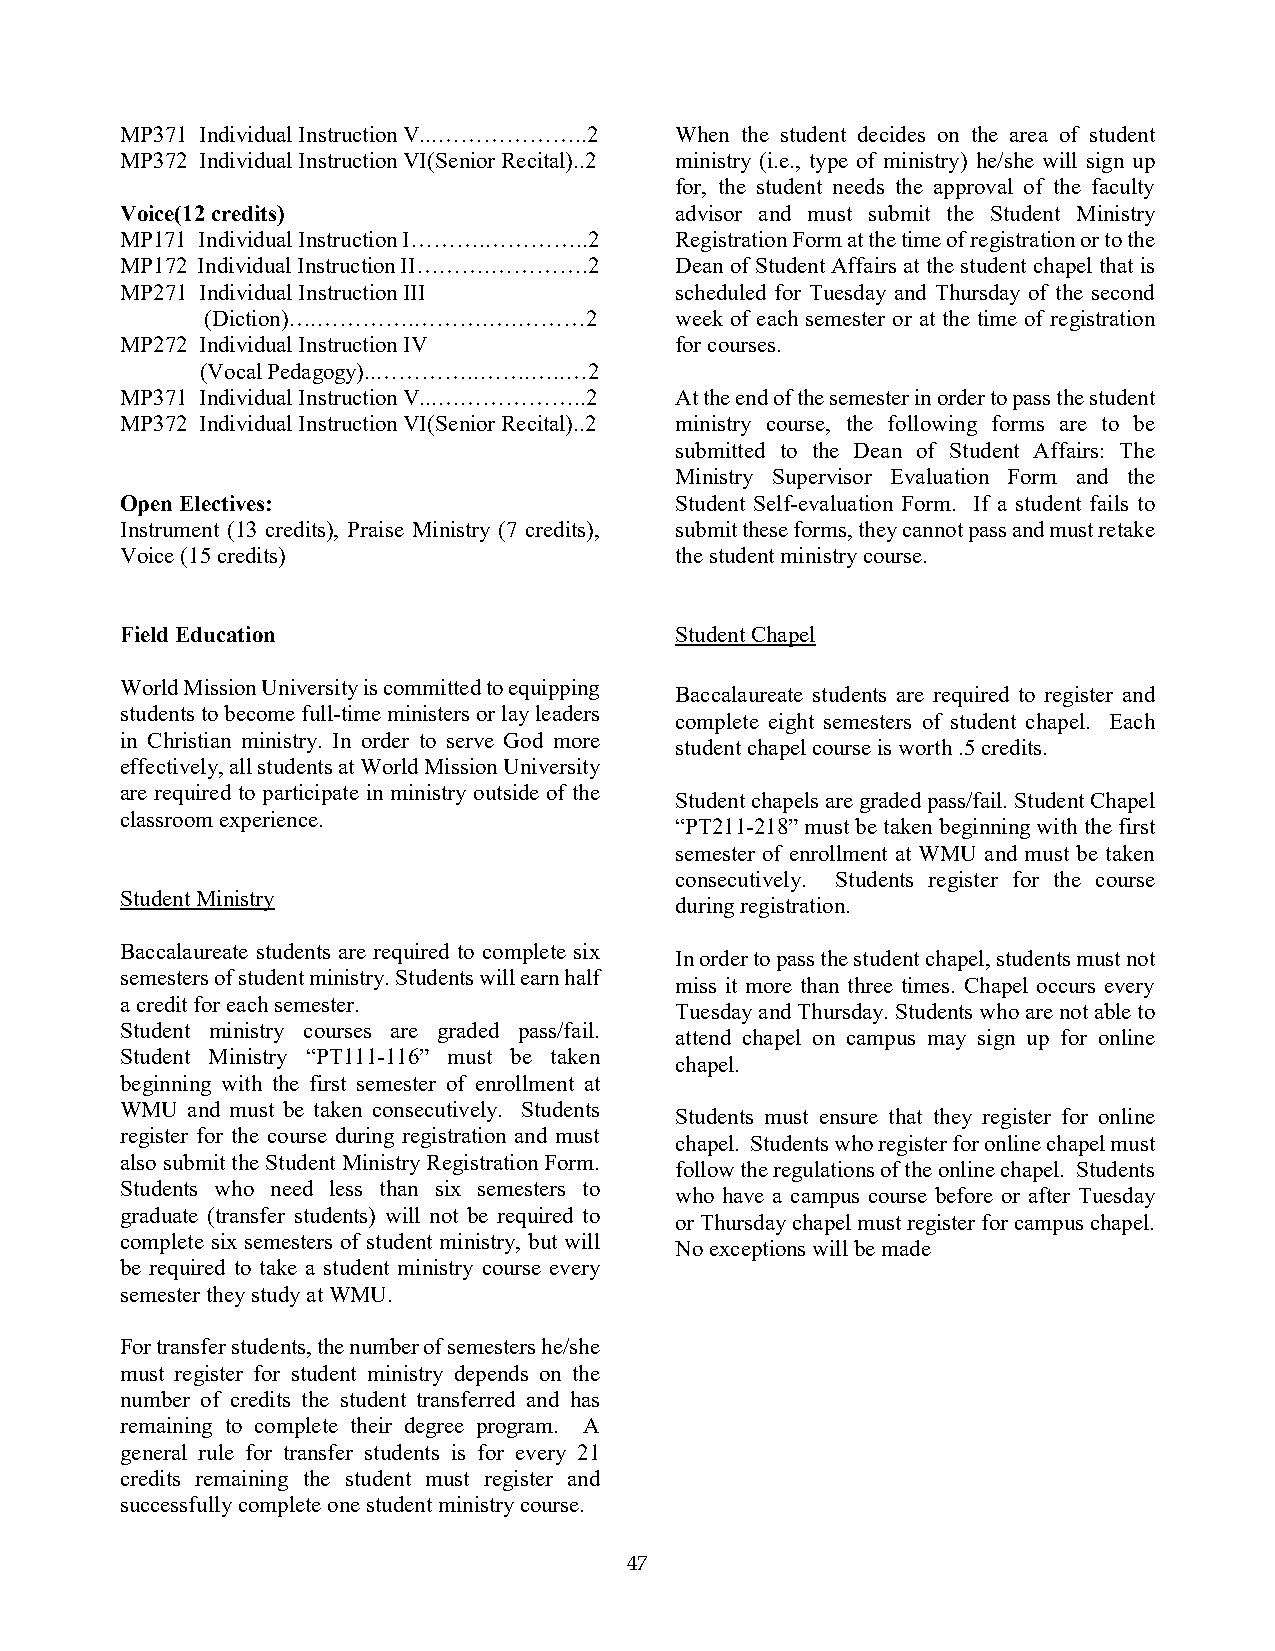
MP371 Individual Instruction V...………………..2 When the student decides on the area of student
 MP372 Individual Instruction VI(Senior Recital)..2 ministry (i.e., type of ministry) he/she will sign up
 for, the student needs the approval of the faculty
 Voice(12 credits)                    advisor and must submit the Student Ministry
 MP171 Individual Instruction I……….…………..2 Registration Form at the time of registration or to the
 MP172 Individual Instruction II……….………….2 Dean of Student Affairs at the student chapel that is
 MP271 Individual Instruction III     scheduled for Tuesday and Thursday of the second
 (Diction)….………….……….….………2     week of each semester or at the time of registration
 MP272 Individual Instruction IV      for courses.
 (Vocal Pedagogy)..…………..…….…..…2
 MP371 Individual Instruction V...………………..2 At the end of the semester in order to pass the student
 MP372 Individual Instruction VI(Senior Recital)..2 ministry course, the following forms are to be
 submitted to the Dean of Student Affairs: The
 Ministry Supervisor Evaluation Form and the
 Open Electives:                      Student Self-evaluation Form. If a student fails to
 Instrument (13 credits), Praise Ministry (7 credits), submit these forms, they cannot pass and must retake
 Voice (15 credits)                   the student ministry course.
 Field Education                      Student Chapel
 World Mission University is committed to equipping
 Baccalaureate students are required to register and
 students to become full-time ministers or lay leaders
 complete eight semesters of student chapel. Each
 in Christian ministry. In order to serve God more
 student chapel course is worth .5 credits.
 effectively, all students at World Mission University
 are required to participate in ministry outside of the
 Student chapels are graded pass/fail. Student Chapel
 classroom experience.
 “PT211-218” must be taken beginning with the first
 semester of enrollment at WMU and must be taken
 consecutively. Students register for the course
 Student Ministry
 during registration.
 Baccalaureate students are required to complete six
 In order to pass the student chapel, students must not
 semesters of student ministry. Students will earn half
 miss it more than three times. Chapel occurs every
 a credit for each semester.
 Tuesday and Thursday. Students who are not able to
 Student ministry courses are graded pass/fail.
 attend chapel on campus may sign up for online
 Student Ministry “PT111-116” must be taken
 chapel.
 beginning with the first semester of enrollment at
 WMU and must be taken consecutively. Students
 Students must ensure that they register for online
 register for the course during registration and must
 chapel. Students who register for online chapel must
 also submit the Student Ministry Registration Form.
 follow the regulations of the online chapel. Students
 Students who need less than six semesters to
 who have a campus course before or after Tuesday
 graduate (transfer students) will not be required to
 or Thursday chapel must register for campus chapel.
 complete six semesters of student ministry, but will
 No exceptions will be made
 be required to take a student ministry course every
 semester they study at WMU.
 For transfer students, the number of semesters he/she
 must register for student ministry depends on the
 number of credits the student transferred and has
 remaining to complete their degree program. A
 general rule for transfer students is for every 21
 credits remaining the student must register and
 successfully complete one student ministry course.
 47